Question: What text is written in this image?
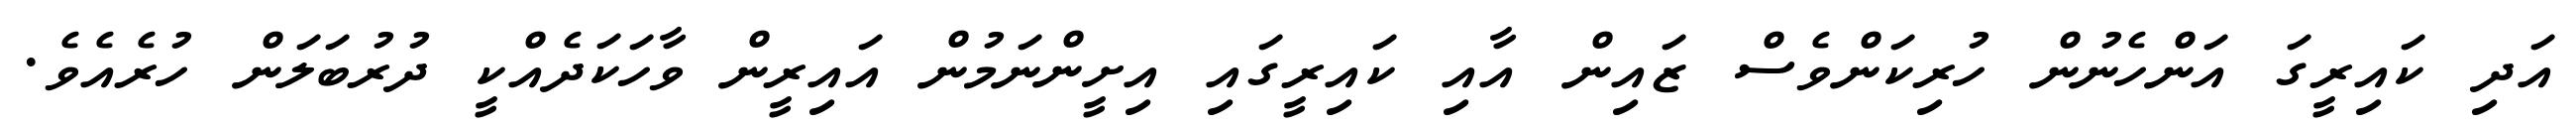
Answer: އަދި ކައިރީގަ އަންހެނުން ހުރިކަންވެސް ޒައިން އާއި ކައިރީގައި އިށީންނަމުން އައިރީން ވާހަކަދެއްކީ ދުރުބަލަން ހުރެއެވެ.